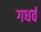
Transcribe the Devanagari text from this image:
गधर्व